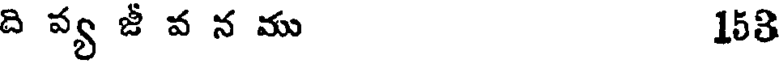
ది వ్య జీ వ న ము 158